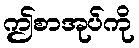
ဤစာအုပ်ကို